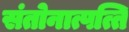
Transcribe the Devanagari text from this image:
संतोनात्पत्ति